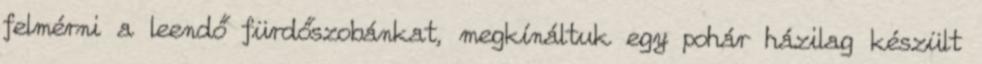
felmérni a leendő fürdőszobánkat, megkínáltuk egy pohár házilag készült